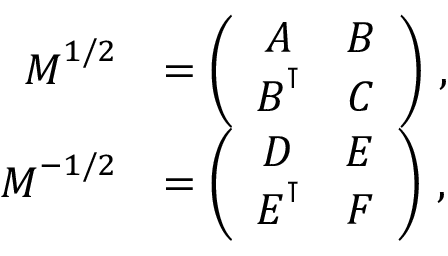
\begin{array} { r l } { \boldsymbol { M } ^ { 1 / 2 } } & { = \left( \begin{array} { c c } { \boldsymbol { A } } & { \boldsymbol { B } } \\ { \boldsymbol { B } ^ { \intercal } } & { \boldsymbol { C } } \end{array} \right) \, , } \\ { \boldsymbol { M } ^ { - 1 / 2 } } & { = \left( \begin{array} { c c } { \boldsymbol { D } } & { \boldsymbol { E } } \\ { \boldsymbol { E } ^ { \intercal } } & { \boldsymbol { F } } \end{array} \right) \, , } \end{array}